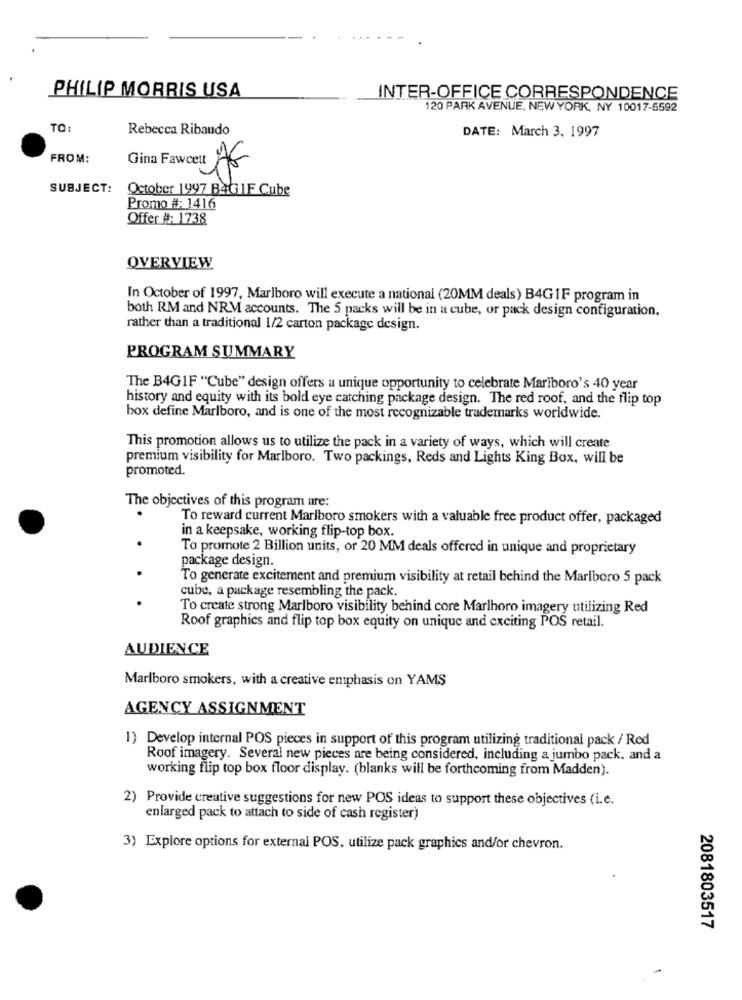
PHILIP MORRIS USA
INTER-OFFICE CORRESPONDENCE
120 PARK AVENUE, NEW YORK, NY 10017-5592
TO:
Rebecca Ribaudo
DATE: March 3, 1997
FROM:
SUBJECT:
October 1997 BAG 1F Cube
Promo #: 1416
Offer #: 1738
OVERVIEW
In October of 1997, Marlboro will execute a national (20MM deals) B4GIF program in
both RM and NRM accounts. The 5 packs will be in a cube, or pack design configuration,
rather than a traditional 1/2 carton package design.
PROGRAM SUMMARY
The B4GIF "Cube" design offers a unique opportunity to celebrate Marlboro's 40 year
history and equity with its bold eye catching package design. The red roof, and the flip top
box define Marlboro, and is one of the most recognizable trademarks worldwide.
This promotion allows us to utilize the pack in a variety of ways, which will create
premium visibility for Marlboro. Two packings, Reds and Lights King Box, will be
promoted.
The objectives of this program are:
To reward current Marlboro smokers with a valuable free product offer, packaged
in a keepsake, working flip-top box.
To promote 2 Billion units, or 20 MM deals offered in unique and proprietary
package design.
To generate excitement and premium visibility at retail behind the Marlboro 5 pack
cube, a package resembling the pack.
To create strong Marlboro visibility behind core Marlhoro imagery utilizing Red
Roof graphics and flip top box equity on unique and exciting POS retail.
AUDIENCE
Marlboro smokers, with a creative emphasis on YAMS
AGENCY ASSIGNMENT
1) Develop internal POS pieces in support of this program utilizing traditional pack / Red
Roof imagery. Several new pieces are being considered, including a jumbo pack, and a
working flip top box floor display. (blanks will be forthcoming from Madden).
2) Provide creative suggestions for new POS ideas to support these objectives (i.e.
enlarged pack to attach to side of cash register)
3) Explore options for external POS, utilize pack graphics and/or chevron.
2081803517